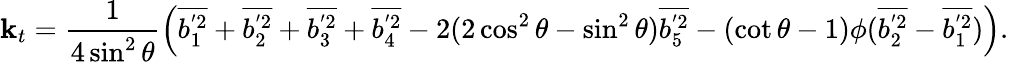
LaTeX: \mathbf{k}_{t}=\frac{{1}}{{4\sin^{2}{\theta}}}\left(\overline{{{b_{1}^{'2}}}}+\overline{{{b_{2}^{'2}}}}+\overline{{{b_{3}^{'2}}}}+\overline{{{b_{4}^{'2}}}}-2(2\cos^{2}{\theta}-\sin^{2}{\theta})\overline{{{b_{5}^{'2}}}}-(\cot{\theta}-1)\phi(\overline{{{b_{2}^{'2}}}}-\overline{{{b_{1}^{'2}}}})\right).